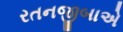
રતનજીબાએ